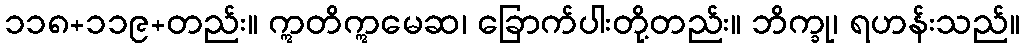
၁၁၈+၁၁၉+တည်း။ ဣတိဣမေဆ၊ ခြောက်ပါးတို့တည်း။ ဘိက္ခု၊ ရဟန်းသည်။